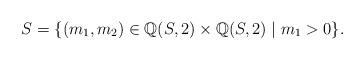
LaTeX: \begin{align*}S=\{(m_{1},m_{2})\in\mathbb{Q}(S,2)\times\mathbb{Q}(S,2)\mid m_{1}>0\}.\end{align*}